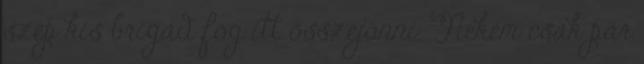
szép kis brigád fog itt összejönni. Nekem csak pár